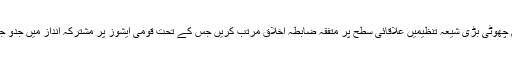
ملک کی تمام چھوٹی بڑی شیعہ تنظیمیں علاقائی سطح پر متفقہ ضابطہ اخلاق مرتب کریں جس کے تحت قومی ایشوز پر مشترکہ انداز میں جدو جہد کی جائے۔